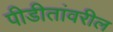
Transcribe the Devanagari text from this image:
पीडीतांवरील